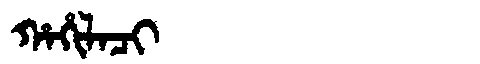
Manchu: ᡥᠠᡥᡳᠯᠠᠴᡳ
Romanization: HAHILACI